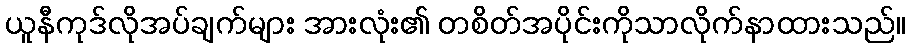
ယူနီကုဒ်လိုအပ်ချက်များ အားလုံး၏ တစိတ်အပိုင်းကိုသာလိုက်နာထားသည်။